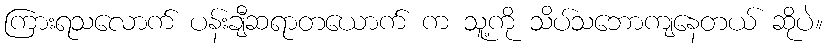
ကြားရသလောက် ပန်းချီဆရာတယောက် က သူ့ကို သိပ်သဘောကျနေတယ် ဆိုပဲ။